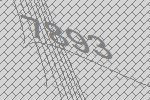
7893